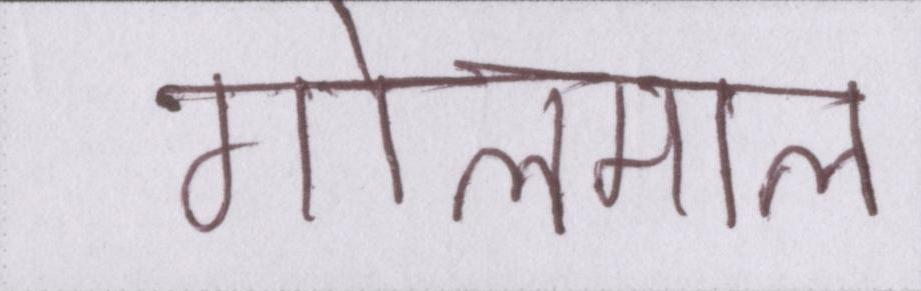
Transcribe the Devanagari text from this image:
गोलमाल